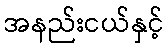
အနည်းငယ်နှင့်